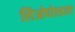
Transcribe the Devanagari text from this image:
लिओपोल्डला